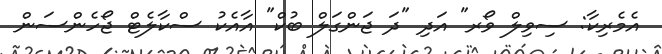
އެމެރިކާ: ސިވިލް ވޯރ" އަދި "ދަ ޖަންގަލް ބުކް" އާއެކު ސްކާލެޓް ޖޯހެންސަން